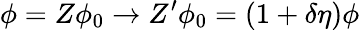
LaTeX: \phi=Z\phi_{0}\to Z^{\prime}\phi_{0}=(1+\delta\eta)\phi